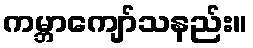
ကမ္ဘာကျော်သနည်း။